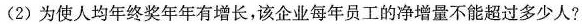
(2)为使人均年终奖年年有增长，该企业每年员工的净增量不能超过多少人?